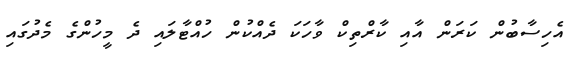
އެހިސާބުން ކަރަން އާއި ކާރްތިކް ވާހަކަ ދެއްކުން ހުއްޓާލައި ދެ މީހުންގެ މެދުގައި